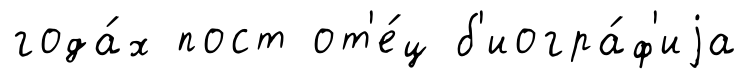
года́х пост от'е́ц б'иогра́ф'иjа